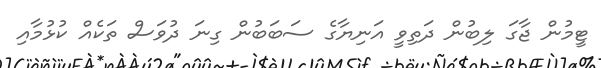
ޓީމުން ޖާގަ ލިބުން ދަތިވީ އަނިޔާގެ ސަބަބުން ގިނަ ދުވަސް ތަކެއް ކުޅުމާއި